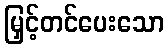
မြှင့်တင်ပေးသော